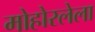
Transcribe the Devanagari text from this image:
मोहोरलेला